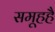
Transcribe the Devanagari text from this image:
समूहहै